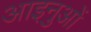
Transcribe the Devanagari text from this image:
आइनुओं